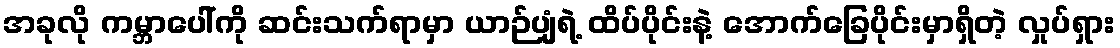
အခုလို ကမ္ဘာပေါ်ကို ဆင်းသက်ရာမှာ ယာဉ်ပျံရဲ့ ထိပ်ပိုင်းနဲ့ အောက်ခြေပိုင်းမှာရှိတဲ့ လှုပ်ရှား